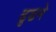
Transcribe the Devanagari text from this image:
ढुढने